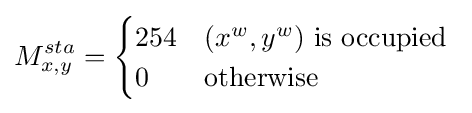
M_{x,y}^{sta}={\begin{cases}254&(x^{w},y^{w}){\text{ is occupied}}\\0&{\text{otherwise}}\end{cases}}\;